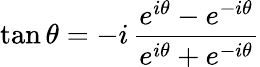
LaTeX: \tan\theta=-i\, {\frac{e^{i\theta}-e^{-i\theta}}{e^{i\theta}+e^{-i\theta}}}